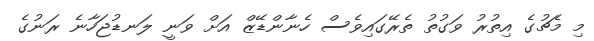
މި މެޗުގެ އިތުރު ވަގުތު ތެރޭގައިވެސް ހެނާންޑޭޒް އަށް ވަނީ ލަނޑުޖަހާނެ ރަނުގެ